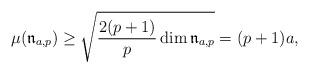
LaTeX: \begin{align*} \mu(\mathfrak{n}_{a,p}) \geq \sqrt{\frac{2(p+1)}{p} \dim\mathfrak{n}_{a,p}} = (p + 1)a,\end{align*}